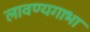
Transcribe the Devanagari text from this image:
लावण्यगाभा